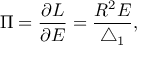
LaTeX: \Pi = \frac { \partial { \cal L } } { \partial E } = \frac { R ^ { 2 } E } { \bigtriangleup _ { 1 } } ,